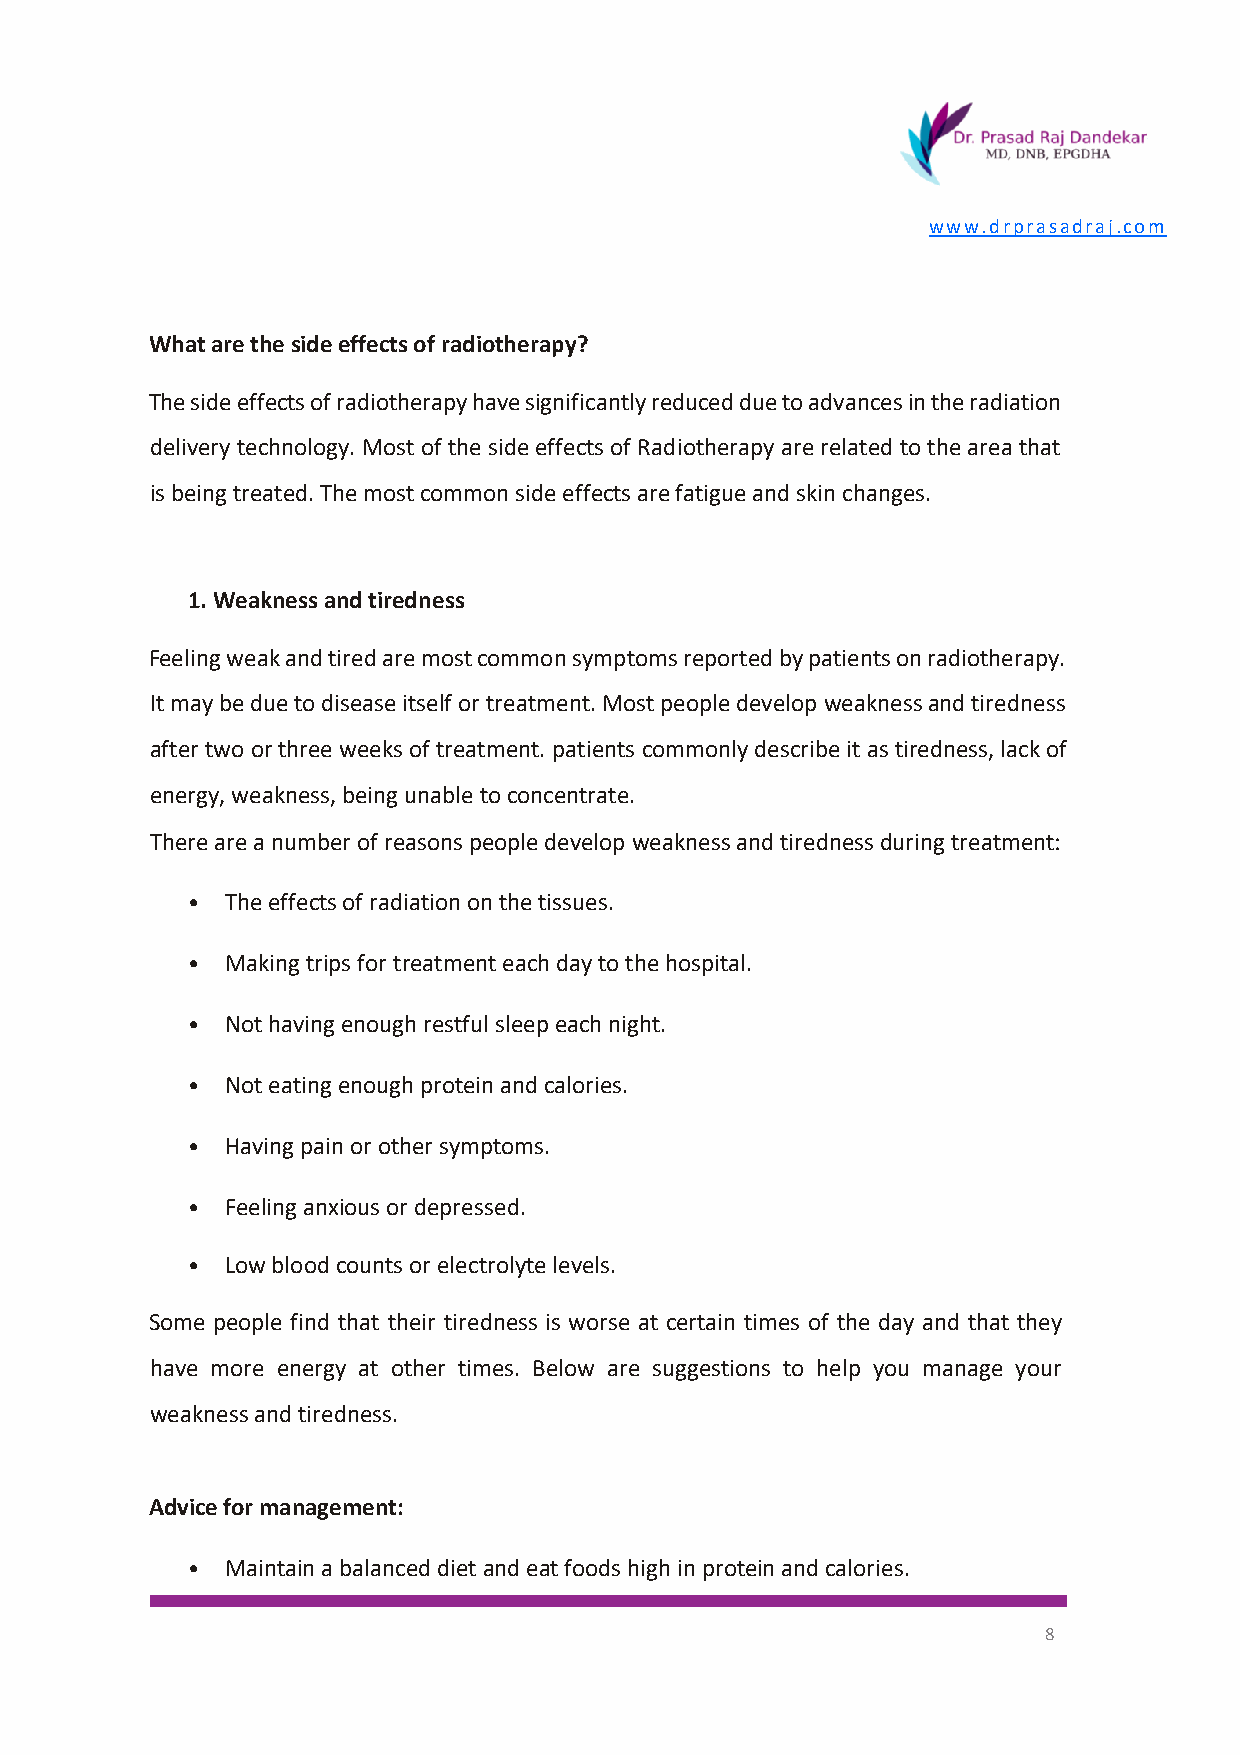
www.drprasadraj.com
 What are the side effects of radiotherapy?
 The side effects of radiotherapy have significantly reduced due to advances in the radiation
 delivery technology. Most of the side effects of Radiotherapy are related to the area that
 is being treated. The most common side effects are fatigue and skin changes.
 1. Weakness and tiredness
 Feeling weak and tired are most common symptoms reported by patients on radiotherapy.
 It may be due to disease itself or treatment. Most people develop weakness and tiredness
 after two or three weeks of treatment. patients commonly describe it as tiredness, lack of
 energy, weakness, being unable to concentrate.
 There are a number of reasons people develop weakness and tiredness during treatment:
 •  The effects of radiation on the tissues.
 •  Making trips for treatment each day to the hospital.
 •  Not having enough restful sleep each night.
 •  Not eating enough protein and calories.
 •  Having pain or other symptoms.
 •  Feeling anxious or depressed.
 •  Low blood counts or electrolyte levels.
 Some people find that their tiredness is worse at certain times of the day and that they
 have more energy at other times. Below are suggestions to help you manage your
 weakness and tiredness.
 Advice for management:
 •  Maintain a balanced diet and eat foods high in protein and calories.
 8